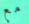
مع